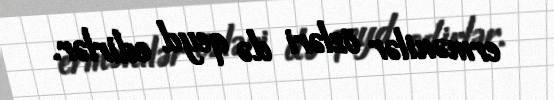
ermənilər özləri də qeyd edirlər.